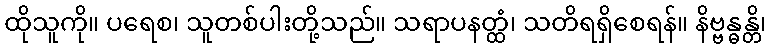
ထိုသူကို။ ပရေစ၊ သူတစ်ပါးတို့သည်။ သရာပနတ္ထံ၊ သတိရရှိစေရန်။ နိဗ္ဗန္ဓန္တိ၊